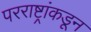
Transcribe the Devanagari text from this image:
परराष्ट्रांकडून